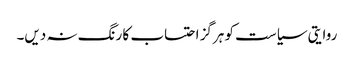
روایتی سیاست کو ہرگز احتساب کا رنگ نہ دیں۔